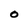
Character: 0